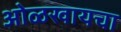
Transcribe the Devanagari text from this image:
ओळखायचा